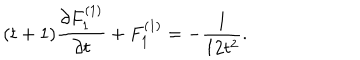
( t + 1 ) { \frac { \partial F _ { 1 } ^ { ( 1 ) } } { \partial t } } + F _ { 1 } ^ { ( 1 ) } = - { \frac { 1 } { 1 2 t ^ { 2 } } } .